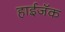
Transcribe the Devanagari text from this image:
हाईजॅक